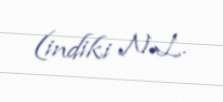
(indiki N.L.